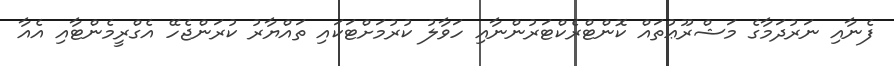
ފެނާއި ނަރުދަމާގެ މަޝްރޫޢުތައް ކޮންޓްރެކްޓަރުންނާއި ހަވާލު ކުރުމަށްޓަކައި ތައްޔާރު ކުރަންޖެހޭ އެގްރީމެންޓާއި އެއާ